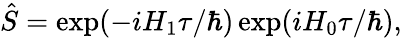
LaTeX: \begin{array}{r}{\hat{S}=\exp({-i{H_{1}}\tau/\hbar})\exp({iH_{0}\tau/\hbar}),}\end{array}